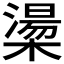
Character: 𪳷